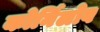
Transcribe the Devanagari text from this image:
कोर्निलोव